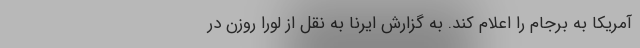
آمریکا به برجام را اعلام کند. به گزارش ایرنا به نقل از لورا روزن در